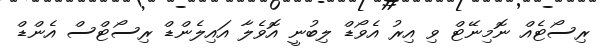
ރިސޯޓެއް ނޮމިނޭޓް ވި އިރު އެވޯޑް ލިބުނީ އޮވެލާ އައިލެންޑް ރިސޯޓްސް އެންޑް